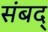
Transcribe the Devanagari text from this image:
संबद्